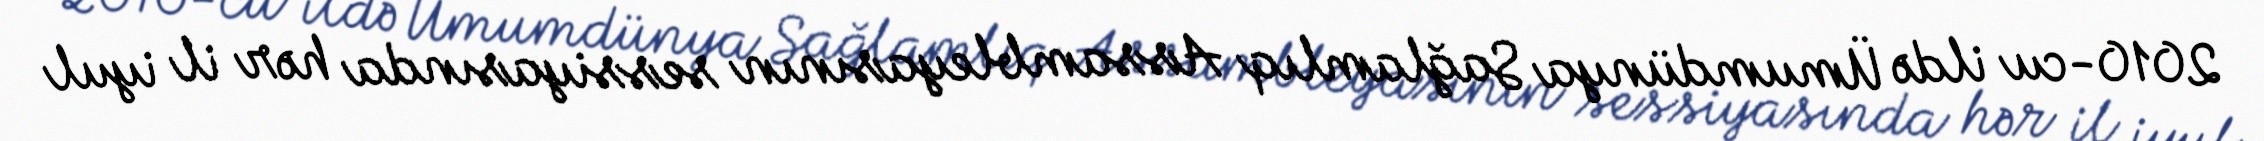
2010-cu ildə Ümumdünya Sağlamlıq Assambleyasının sessiyasında hər il iyul